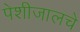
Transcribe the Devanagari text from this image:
पेशीजालचे